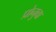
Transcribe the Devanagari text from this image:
प्रोनुवा